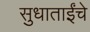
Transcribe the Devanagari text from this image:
सुधाताईंचे